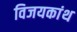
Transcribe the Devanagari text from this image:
विजयकांथ